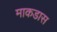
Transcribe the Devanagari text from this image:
माकडास